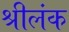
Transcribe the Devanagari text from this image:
श्रीलंक